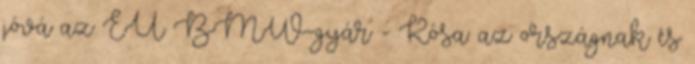
jóvá az EU BMW-gyár - Kósa: az országnak és